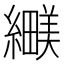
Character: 𬘅